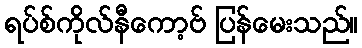
ရပ်စ်ကိုလ်နီကော့ဗ် ပြန်မေးသည်။